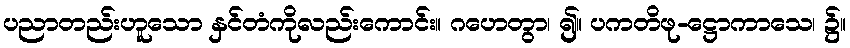
ပညာတည်းဟူသော နှင်တံကိုလည်းကောင်း။ ဂဟေတွာ၊ ၍။ ပကတိဖု-ဋ္ဌောကာသေ၊ ၌။